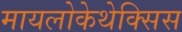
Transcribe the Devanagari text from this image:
मायलोकेथेक्सिस